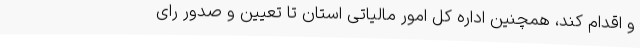
و اقدام کند، همچنین اداره کل امور مالیاتی استان تا تعیین و صدور رای